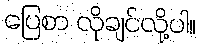
ပြေစာ လိုချင်လို့ပါ။